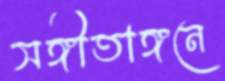
সঙ্গীতাঙ্গনে